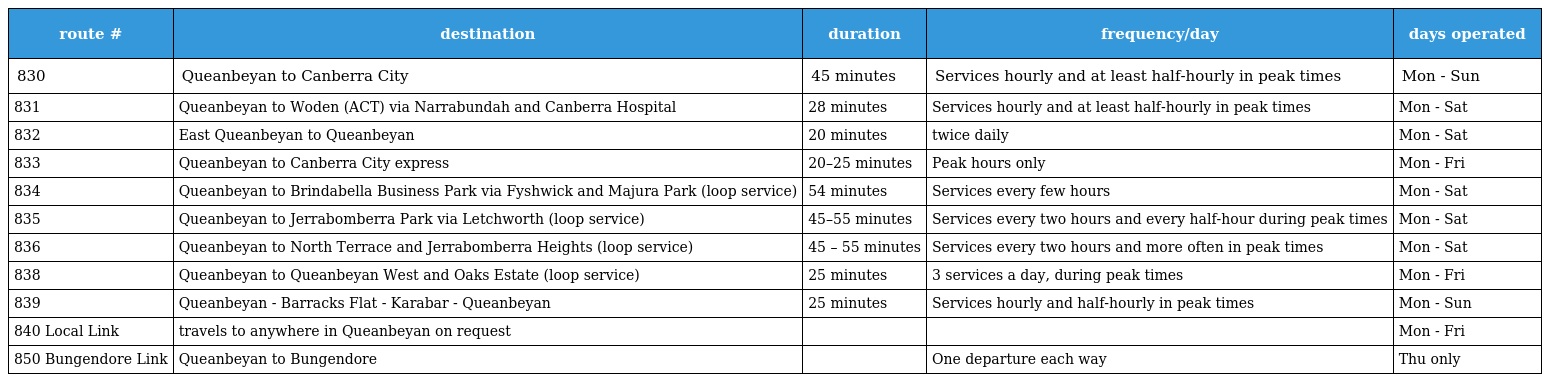
| route # | destination | duration | frequency/day | days operated |
 | --- | --- | --- | --- | --- |
 | 830 | Queanbeyan to Canberra City | 45 minutes | Services hourly and at least half-hourly in peak times | Mon - Sun |
 | 831 | Queanbeyan to Woden (ACT) via Narrabundah and Canberra Hospital | 28 minutes | Services hourly and at least half-hourly in peak times | Mon - Sat |
 | 832 | East Queanbeyan to Queanbeyan | 20 minutes | twice daily | Mon - Sat |
 | 833 | Queanbeyan to Canberra City express | 20–25 minutes | Peak hours only | Mon - Fri |
 | 834 | Queanbeyan to Brindabella Business Park via Fyshwick and Majura Park (loop service) | 54 minutes | Services every few hours | Mon - Sat |
 | 835 | Queanbeyan to Jerrabomberra Park via Letchworth (loop service) | 45–55 minutes | Services every two hours and every half-hour during peak times | Mon - Sat |
 | 836 | Queanbeyan to North Terrace and Jerrabomberra Heights (loop service) | 45 – 55 minutes | Services every two hours and more often in peak times | Mon - Sat |
 | 838 | Queanbeyan to Queanbeyan West and Oaks Estate (loop service) | 25 minutes | 3 services a day, during peak times | Mon - Fri |
 | 839 | Queanbeyan - Barracks Flat - Karabar - Queanbeyan | 25 minutes | Services hourly and half-hourly in peak times | Mon - Sun |
 | 840 Local Link | travels to anywhere in Queanbeyan on request |  |  | Mon - Fri |
 | 850 Bungendore Link | Queanbeyan to Bungendore |  | One departure each way | Thu only |